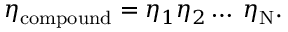
\eta _ { \mathrm { c o m p o u n d } } = \eta _ { 1 } \eta _ { 2 } \ldots \; \eta _ { \mathrm { N } } .